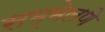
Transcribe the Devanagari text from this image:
सम्मेलणे